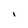
Character: I